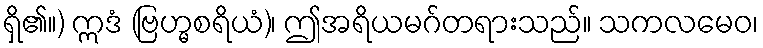
ရှိ၏။) ဣဒံ (ဗြဟ္မစရိယံ)၊ ဤအရိယမဂ်တရားသည်။ သကလမေဝ၊